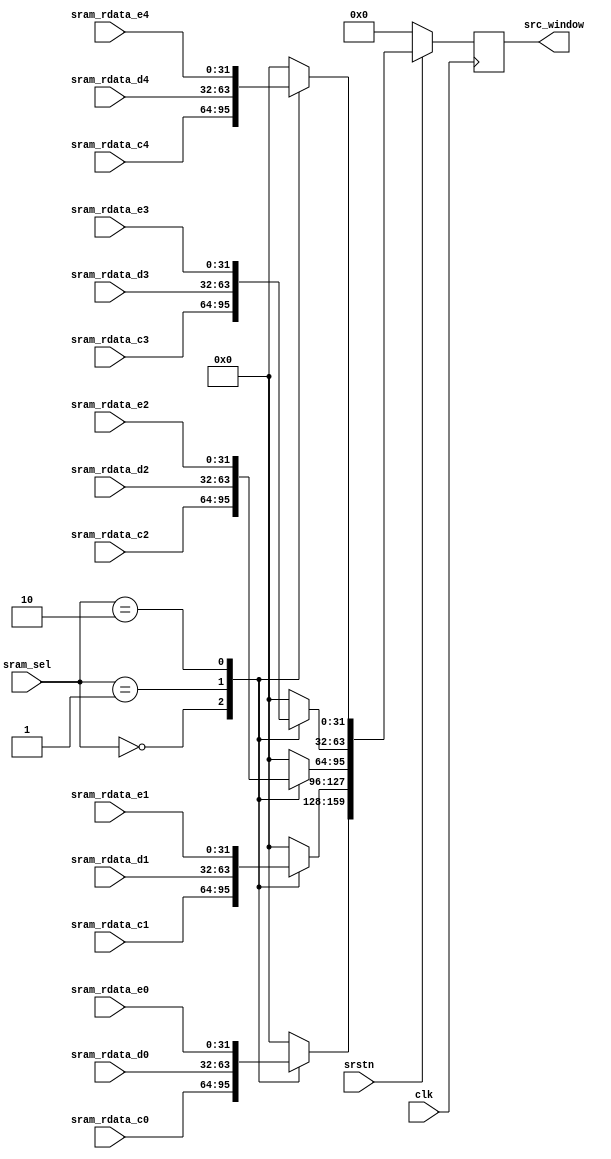
/**
 * Editor : Steven
 */

 module fc_data_reg#(
    parameter DATA_NUM = 20,
    parameter DATA_WIDTH = 8,
    parameter DATA_NUM_PER_SRAM_ADDR = 4,
    parameter SRAM_NUM = 5
)
(
input clk,
input srstn,

input [DATA_NUM_PER_SRAM_ADDR*DATA_WIDTH-1:0] sram_rdata_c0,
input [DATA_NUM_PER_SRAM_ADDR*DATA_WIDTH-1:0] sram_rdata_c1,
input [DATA_NUM_PER_SRAM_ADDR*DATA_WIDTH-1:0] sram_rdata_c2,
input [DATA_NUM_PER_SRAM_ADDR*DATA_WIDTH-1:0] sram_rdata_c3,
input [DATA_NUM_PER_SRAM_ADDR*DATA_WIDTH-1:0] sram_rdata_c4,

input [DATA_NUM_PER_SRAM_ADDR*DATA_WIDTH-1:0] sram_rdata_d0,
input [DATA_NUM_PER_SRAM_ADDR*DATA_WIDTH-1:0] sram_rdata_d1,
input [DATA_NUM_PER_SRAM_ADDR*DATA_WIDTH-1:0] sram_rdata_d2,
input [DATA_NUM_PER_SRAM_ADDR*DATA_WIDTH-1:0] sram_rdata_d3,
input [DATA_NUM_PER_SRAM_ADDR*DATA_WIDTH-1:0] sram_rdata_d4,

input [DATA_NUM_PER_SRAM_ADDR*DATA_WIDTH-1:0] sram_rdata_e0,
input [DATA_NUM_PER_SRAM_ADDR*DATA_WIDTH-1:0] sram_rdata_e1,
input [DATA_NUM_PER_SRAM_ADDR*DATA_WIDTH-1:0] sram_rdata_e2,
input [DATA_NUM_PER_SRAM_ADDR*DATA_WIDTH-1:0] sram_rdata_e3,
input [DATA_NUM_PER_SRAM_ADDR*DATA_WIDTH-1:0] sram_rdata_e4,

input [1:0] sram_sel,			//select to read c, d or e SRAM

output  [DATA_NUM*DATA_WIDTH-1:0] src_window
 );

localparam SRAM_C = 0, SRAM_D = 1, SRAM_E = 2;

reg [DATA_NUM*DATA_WIDTH-1:0] src_box, n_src_box;

always@*begin
	case(sram_sel)
		SRAM_C: begin
			n_src_box[DATA_NUM_PER_SRAM_ADDR*DATA_WIDTH*(SRAM_NUM-1)+:DATA_NUM_PER_SRAM_ADDR*DATA_WIDTH] = sram_rdata_c0;	//output 20k+ 0~3
			n_src_box[DATA_NUM_PER_SRAM_ADDR*DATA_WIDTH*(SRAM_NUM-2)+:DATA_NUM_PER_SRAM_ADDR*DATA_WIDTH] = sram_rdata_c1;	//output 20k+ 4~7
			n_src_box[DATA_NUM_PER_SRAM_ADDR*DATA_WIDTH*(SRAM_NUM-3)+:DATA_NUM_PER_SRAM_ADDR*DATA_WIDTH] = sram_rdata_c2;	//output 20k+ 8~11
			n_src_box[DATA_NUM_PER_SRAM_ADDR*DATA_WIDTH*(SRAM_NUM-4)+:DATA_NUM_PER_SRAM_ADDR*DATA_WIDTH] = sram_rdata_c3;	//output 20k+ 12~15
			n_src_box[DATA_NUM_PER_SRAM_ADDR*DATA_WIDTH*(SRAM_NUM-5)+:DATA_NUM_PER_SRAM_ADDR*DATA_WIDTH] = sram_rdata_c4;	//output 20k+ 16~19
		end
		SRAM_D: begin
			n_src_box[DATA_NUM_PER_SRAM_ADDR*DATA_WIDTH*(SRAM_NUM-1)+:DATA_NUM_PER_SRAM_ADDR*DATA_WIDTH] = sram_rdata_d0;	//output 20k+ 0~3
			n_src_box[DATA_NUM_PER_SRAM_ADDR*DATA_WIDTH*(SRAM_NUM-2)+:DATA_NUM_PER_SRAM_ADDR*DATA_WIDTH] = sram_rdata_d1;	//output 20k+ 4~7
			n_src_box[DATA_NUM_PER_SRAM_ADDR*DATA_WIDTH*(SRAM_NUM-3)+:DATA_NUM_PER_SRAM_ADDR*DATA_WIDTH] = sram_rdata_d2;	//output 20k+ 8~11
			n_src_box[DATA_NUM_PER_SRAM_ADDR*DATA_WIDTH*(SRAM_NUM-4)+:DATA_NUM_PER_SRAM_ADDR*DATA_WIDTH] = sram_rdata_d3;	//output 20k+ 12~15
			n_src_box[DATA_NUM_PER_SRAM_ADDR*DATA_WIDTH*(SRAM_NUM-5)+:DATA_NUM_PER_SRAM_ADDR*DATA_WIDTH] = sram_rdata_d4;	//output 20k+ 16~19
		end
		SRAM_E: begin
			n_src_box[DATA_NUM_PER_SRAM_ADDR*DATA_WIDTH*(SRAM_NUM-1)+:DATA_NUM_PER_SRAM_ADDR*DATA_WIDTH] = sram_rdata_e0;	//output 20k+ 0~3
			n_src_box[DATA_NUM_PER_SRAM_ADDR*DATA_WIDTH*(SRAM_NUM-2)+:DATA_NUM_PER_SRAM_ADDR*DATA_WIDTH] = sram_rdata_e1;	//output 20k+ 4~7
			n_src_box[DATA_NUM_PER_SRAM_ADDR*DATA_WIDTH*(SRAM_NUM-3)+:DATA_NUM_PER_SRAM_ADDR*DATA_WIDTH] = sram_rdata_e2;	//output 20k+ 8~11
			n_src_box[DATA_NUM_PER_SRAM_ADDR*DATA_WIDTH*(SRAM_NUM-4)+:DATA_NUM_PER_SRAM_ADDR*DATA_WIDTH] = sram_rdata_e3;	//output 20k+ 12~15
			n_src_box[DATA_NUM_PER_SRAM_ADDR*DATA_WIDTH*(SRAM_NUM-5)+:DATA_NUM_PER_SRAM_ADDR*DATA_WIDTH] = sram_rdata_e4;	//output 20k+ 16~19
		end
		default:
			n_src_box = 0;
	endcase
end

always@(posedge clk)begin
	if(~srstn)
		src_box <= 0;
	else
		src_box <= n_src_box;
end

assign src_window = src_box;
endmodule